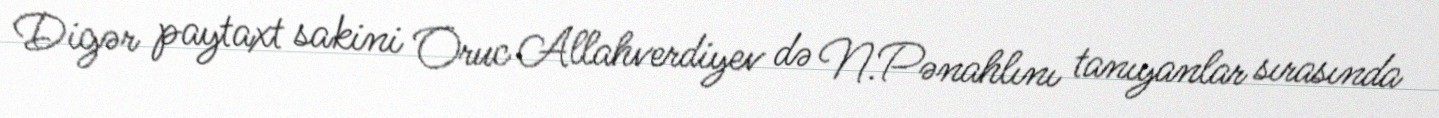
Digər paytaxt sakini Oruc Allahverdiyev də N.Pənahlını tanıyanlar sırasında